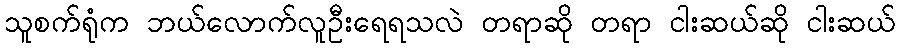
သူစက်ရုံက ဘယ်လောက်လူဦးရေရသလဲ တရာဆို တရာ ငါးဆယ်ဆို ငါးဆယ်